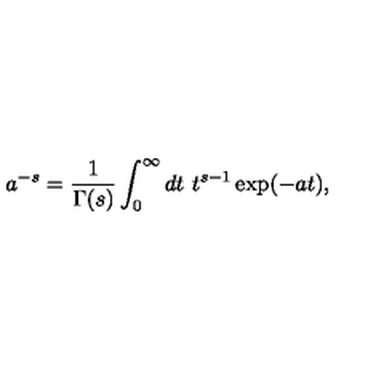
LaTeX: a ^ { - s } = \frac { 1 } { \Gamma ( s ) } \int _ { 0 } ^ { \infty } d t \ t ^ { s - 1 } \exp ( - a t ) ,